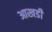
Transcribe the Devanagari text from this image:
आखडी